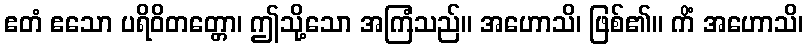
ဧတံ ဧသော ပရိဝိတတ္တော၊ ဤသို့သော အကြံသည်။ အဟောသိ၊ ဖြစ်၏။ ကိံ အဟောသိ၊